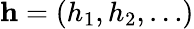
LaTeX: \mathbf{h}=(h_{1},h_{2},\dots)